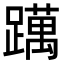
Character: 𨆣